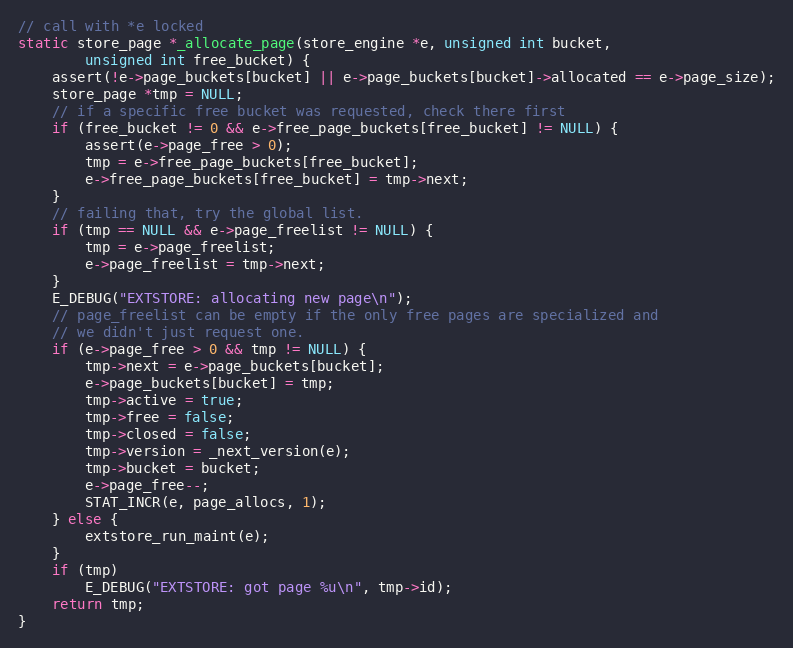
Language: C
// call with *e locked
static store_page *_allocate_page(store_engine *e, unsigned int bucket,
        unsigned int free_bucket) {
    assert(!e->page_buckets[bucket] || e->page_buckets[bucket]->allocated == e->page_size);
    store_page *tmp = NULL;
    // if a specific free bucket was requested, check there first
    if (free_bucket != 0 && e->free_page_buckets[free_bucket] != NULL) {
        assert(e->page_free > 0);
        tmp = e->free_page_buckets[free_bucket];
        e->free_page_buckets[free_bucket] = tmp->next;
    }
    // failing that, try the global list.
    if (tmp == NULL && e->page_freelist != NULL) {
        tmp = e->page_freelist;
        e->page_freelist = tmp->next;
    }
    E_DEBUG("EXTSTORE: allocating new page\n");
    // page_freelist can be empty if the only free pages are specialized and
    // we didn't just request one.
    if (e->page_free > 0 && tmp != NULL) {
        tmp->next = e->page_buckets[bucket];
        e->page_buckets[bucket] = tmp;
        tmp->active = true;
        tmp->free = false;
        tmp->closed = false;
        tmp->version = _next_version(e);
        tmp->bucket = bucket;
        e->page_free--;
        STAT_INCR(e, page_allocs, 1);
    } else {
        extstore_run_maint(e);
    }
    if (tmp)
        E_DEBUG("EXTSTORE: got page %u\n", tmp->id);
    return tmp;
}